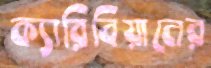
ক্যারিবিয়ানের